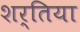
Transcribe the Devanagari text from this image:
शर्तिया